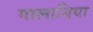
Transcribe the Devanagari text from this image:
गालाबिया